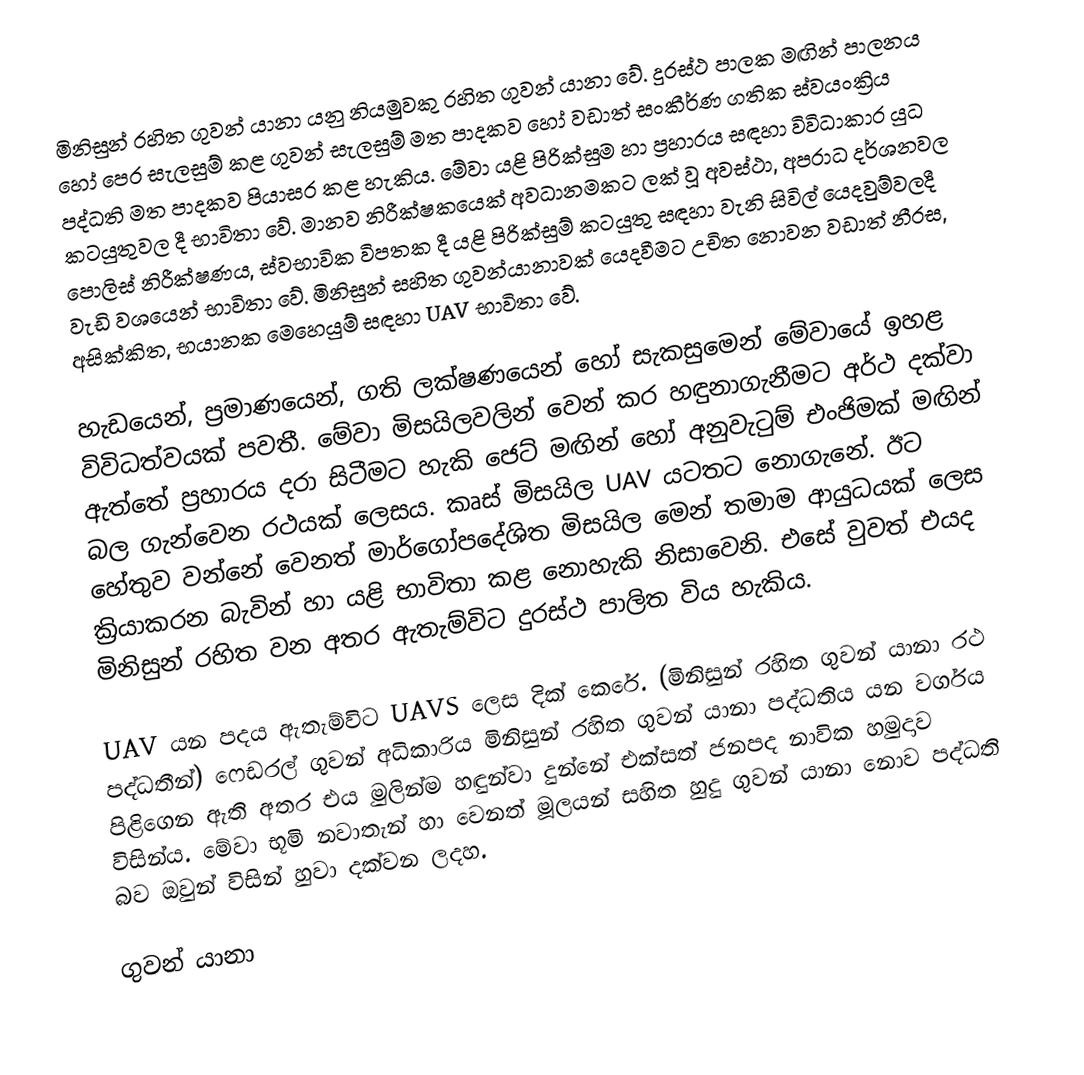
මිනිසුන් රහිත ගුවන් යානා යනු නියමුවකු රහිත ගුවන් යානා වේ. දුරස්ථ පාලක මඟින් පාලනය හෝ පෙර සැලසුම් කළ ගුවන් සැලසුම් මත පාදකව හෝ වඩාත් සංකීර්ණ ගතික ස්වයංක්‍රිය පද්ධති මත පාදකව පියාසර කළ හැකිය. මේවා යළි පිරික්සුම හා ප්‍රහාරය සඳහා විවිධාකාර යුධ කටයුතුවල දී භාවිතා වේ. මානව නිරීක්ෂකයෙක් අවධානමකට ලක් වූ අවස්ථා, අපරාධ දර්ශනවල පොලිස් නිරීක්ෂණය, ස්වභාවික විපතක දී යළි පිරික්සුම් කටයුතු සඳහා වැනි සිවිල් යෙදවුම්වලදී වැඩි වශයෙන් භාවිතා වේ. මිනිසුන් සහිත ගුවන්යානාවක් යෙදවීමට උචිත නොවන වඩාත් නීරස, අසික්කිත, භයානක මෙහෙයුම් සඳහා UAV භාවිතා වේ.

හැඩයෙන්, ප්‍රමාණයෙන්, ගති ලක්ෂණයෙන් හෝ සැකසුමෙන් මේවායේ ඉහළ විවිධත්වයක් පවතී. මේවා මිසයිලවලින් වෙන් කර හඳුනාගැනීමට අර්ථ දක්වා ඇත්තේ ප්‍රහාරය දරා සිටීමට හැකි ජෙට් මඟින් හෝ අනුවැටුම් එංජිමක් මඟින් බල ගැන්වෙන රථයක් ලෙසය. කෘස් මිසයිල UAV යටතට නොගැනේ. ඊට හේතුව වන්නේ වෙනත් මාර්ගෝපදේශිත මිසයිල මෙන් තමාම ආයුධයක් ලෙස ක්‍රියාකරන බැවින් හා යළි භාවිතා කළ නොහැකි නිසාවෙනි. එසේ වුවත් එයද මිනිසුන් රහිත වන අතර ඇතැම්විට දුරස්ථ පාලිත විය හැකිය.

UAV යන පදය ඇතැම්විට UAVS ලෙස දික් කෙරේ. (මිනිසුන් රහිත ගුවන් යානා රථ පද්ධතීන්) ෆෙඩරල් ගුවන් අධිකාරිය මිනිසුන් රහිත ගුවන් යානා පද්ධතිය යන වර්ගය පිළිගෙන ඇති අතර එය මුලින්ම හඳුන්වා දුන්නේ එක්සත් ජනපද නාවික හමුදාව විසින්ය. මේවා භූමි නවාතැන් හා වෙනත් මූලයන් සහිත හුදු ගුවන් යානා නොව පද්ධති බව ඔවුන්  විසින් හුවා දක්වන ලදහ.

ගුවන් යානා